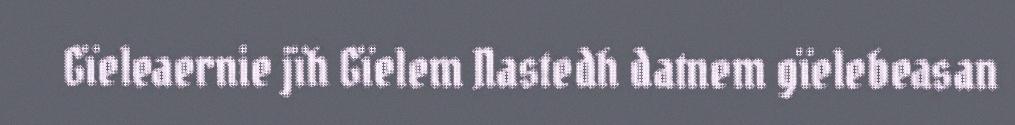
Gïeleaernie jïh Gïelem Nastedh datnem gïelebeasan